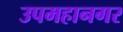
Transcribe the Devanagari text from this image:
उपमहानगर